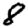
Digit: 8